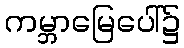
ကမ္ဘာမြေပေါ်၌